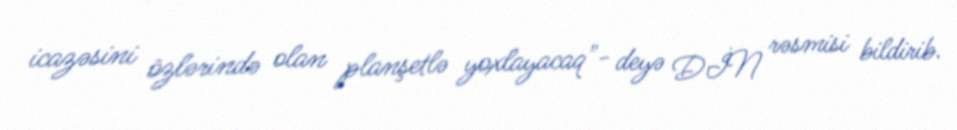
icazəsini özlərində olan planşetlə yoxlayacaq"- deyə DİN rəsmisi bildirib.